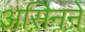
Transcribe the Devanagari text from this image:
असिनने